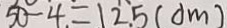
5 0 - 4 = 1 2 . 5 ( d m )